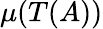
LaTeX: \mu(T(A))